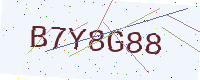
Text: B7Y8G88